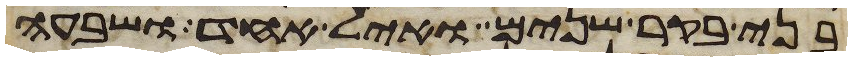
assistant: בני בקר שנים ואיל אחד ושבעה